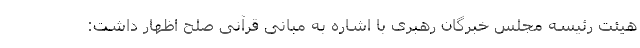
هیئت رئیسه مجلس خبرگان رهبری با اشاره به مبانی قرآنی صلح اظهار داشت: